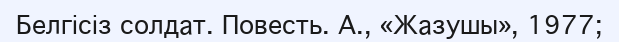
Белгісіз солдат. Повесть. А., «Жазушы», 1977;